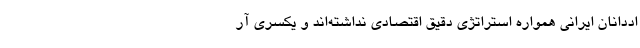
اددانان ایرانی همواره استراتژی دقیق اقتصادی نداشته‌اند و یکسری آر